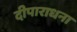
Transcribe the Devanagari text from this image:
दीपाराधना